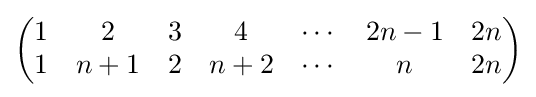
{\begin{pmatrix}1&2&3&4&\cdots &2n-1&2n\\1&n+1&2&n+2&\cdots &n&2n\end{pmatrix}}